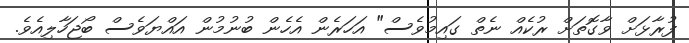
ފުރާޅަށް ވާގޮތަށް ރުކެއް ނެތް ގައިމުވެސް" އަހަރެން އެހެން ބުނުމުން އައްޔަވެސް ބޯޖަހާލިއެވެ.